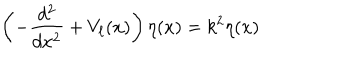
\left( - \frac { d ^ { 2 } } { d x ^ { 2 } } + V _ { \ell } ( x ) \right) \eta ( x ) = k ^ { 2 } \eta ( x )